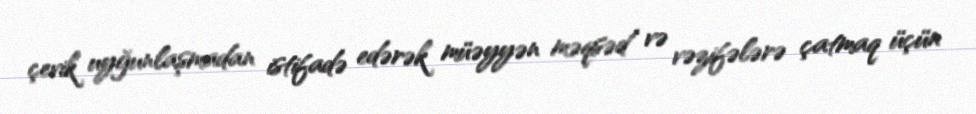
çevik uyğunlaşmadan istifadə edərək müəyyən məqsəd və vəzifələrə çatmaq üçün